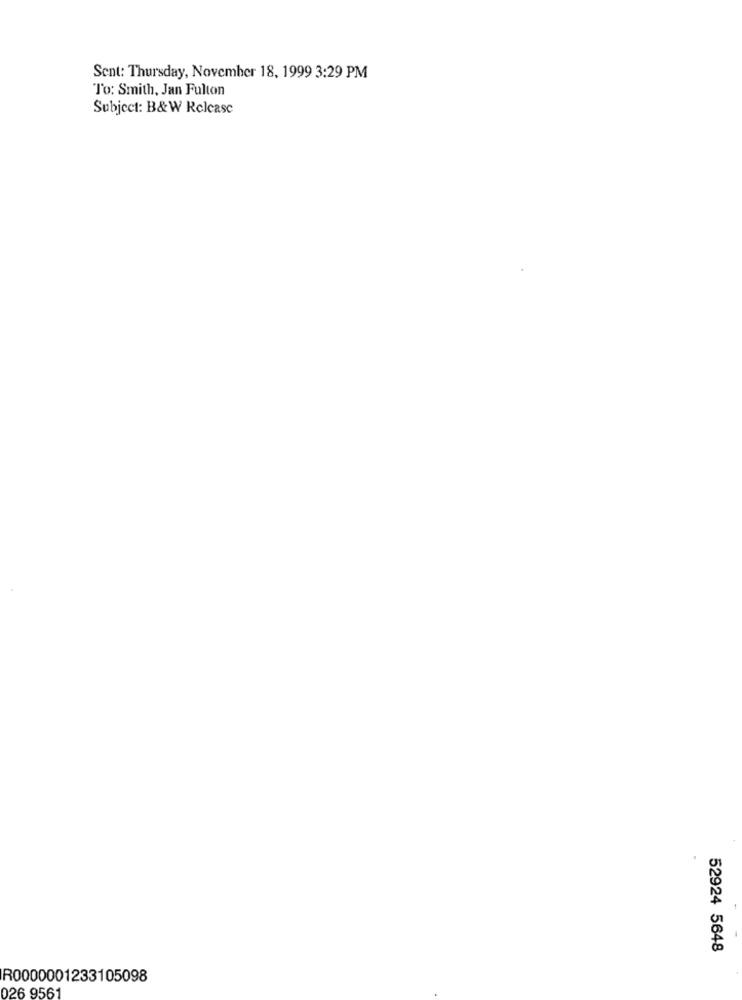
Sent: Thursday, November 18, 1999 3:29 PM
To: Smith, Jan Fulton
Subject: B&W Release
52924 5648
R0000001233105098
026 9561